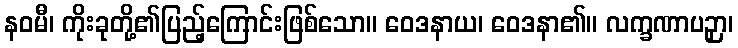
နဝမီ၊ ကိုးခုတို့၏ပြည့်ကြောင်းဖြစ်သော။ ဝေဒနာယ၊ ဝေဒနာ၏။ လက္ခဏာပဉှာ၊